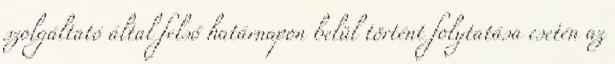
szolgáltató által felső határnapon belül történt folytatása esetén az